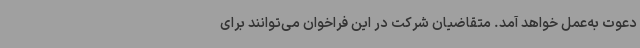
دعوت به‌عمل خواهد آمد. متقاضیان شرکت در این فراخوان می‌توانند برای